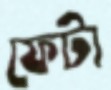
ফেটা